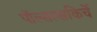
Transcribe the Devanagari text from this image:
पॉल्सल्सकिर्चे